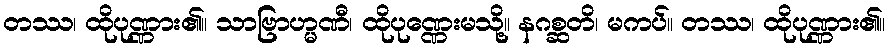
တဿ၊ ထိုပုဏ္ဏား၏။ သာဗြာဟ္မဏီ၊ ထိုပုဏ္ဏေးမသို့။ နဂစ္ဆတိ၊ မကပ်။ တဿ၊ ထိုပုဏ္ဏား၏။